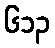
၆၁၃